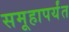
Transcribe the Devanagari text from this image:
समूहापर्यंत